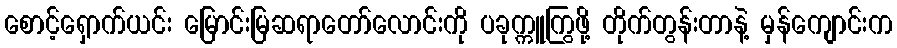
စောင့်ရှောက်ယင်း မြောင်းမြဆရာတော်လောင်းကို ပခုက္ကူကြွဖို့ တိုက်တွန်းတာနဲ့ မှန်ကျောင်းက